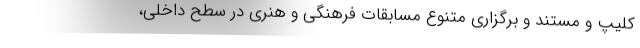
کلیپ و مستند و برگزاری متنوع مسابقات‌ فرهنگی و هنری در سطح داخلی،